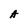
Character: A